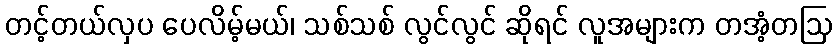
တင့်တယ်လှပ ပေလိမ့်မယ်၊ သစ်သစ် လွင်လွင် ဆိုရင် လူအများက တအံ့တဩ